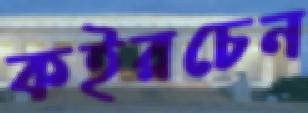
কইরচেন